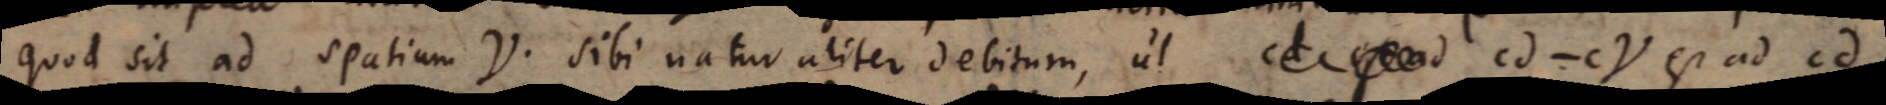
quod sit ad spatium γ sibi naturaliter debitum, ut cd ‐ cγ est ad cd